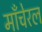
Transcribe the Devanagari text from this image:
माँचेरल